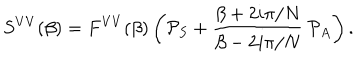
LaTeX: S ^ { V V } ( \beta ) = F ^ { V V } ( \beta ) \left( { \cal P } _ { S } + \frac { \beta + 2 i \pi / N } { \beta - 2 i \pi / N } \, { \cal P } _ { A } \right) .